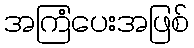
အကြံပေးအဖြစ်